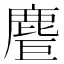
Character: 𪊤